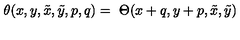
\theta ( x , y , \tilde { x } , \tilde { y } , p , q ) = \ \Theta ( x + q , y + p , \tilde { x } , \tilde { y } )